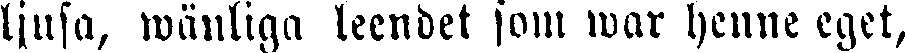
ljusa, wänliga leendet som war henne eget,